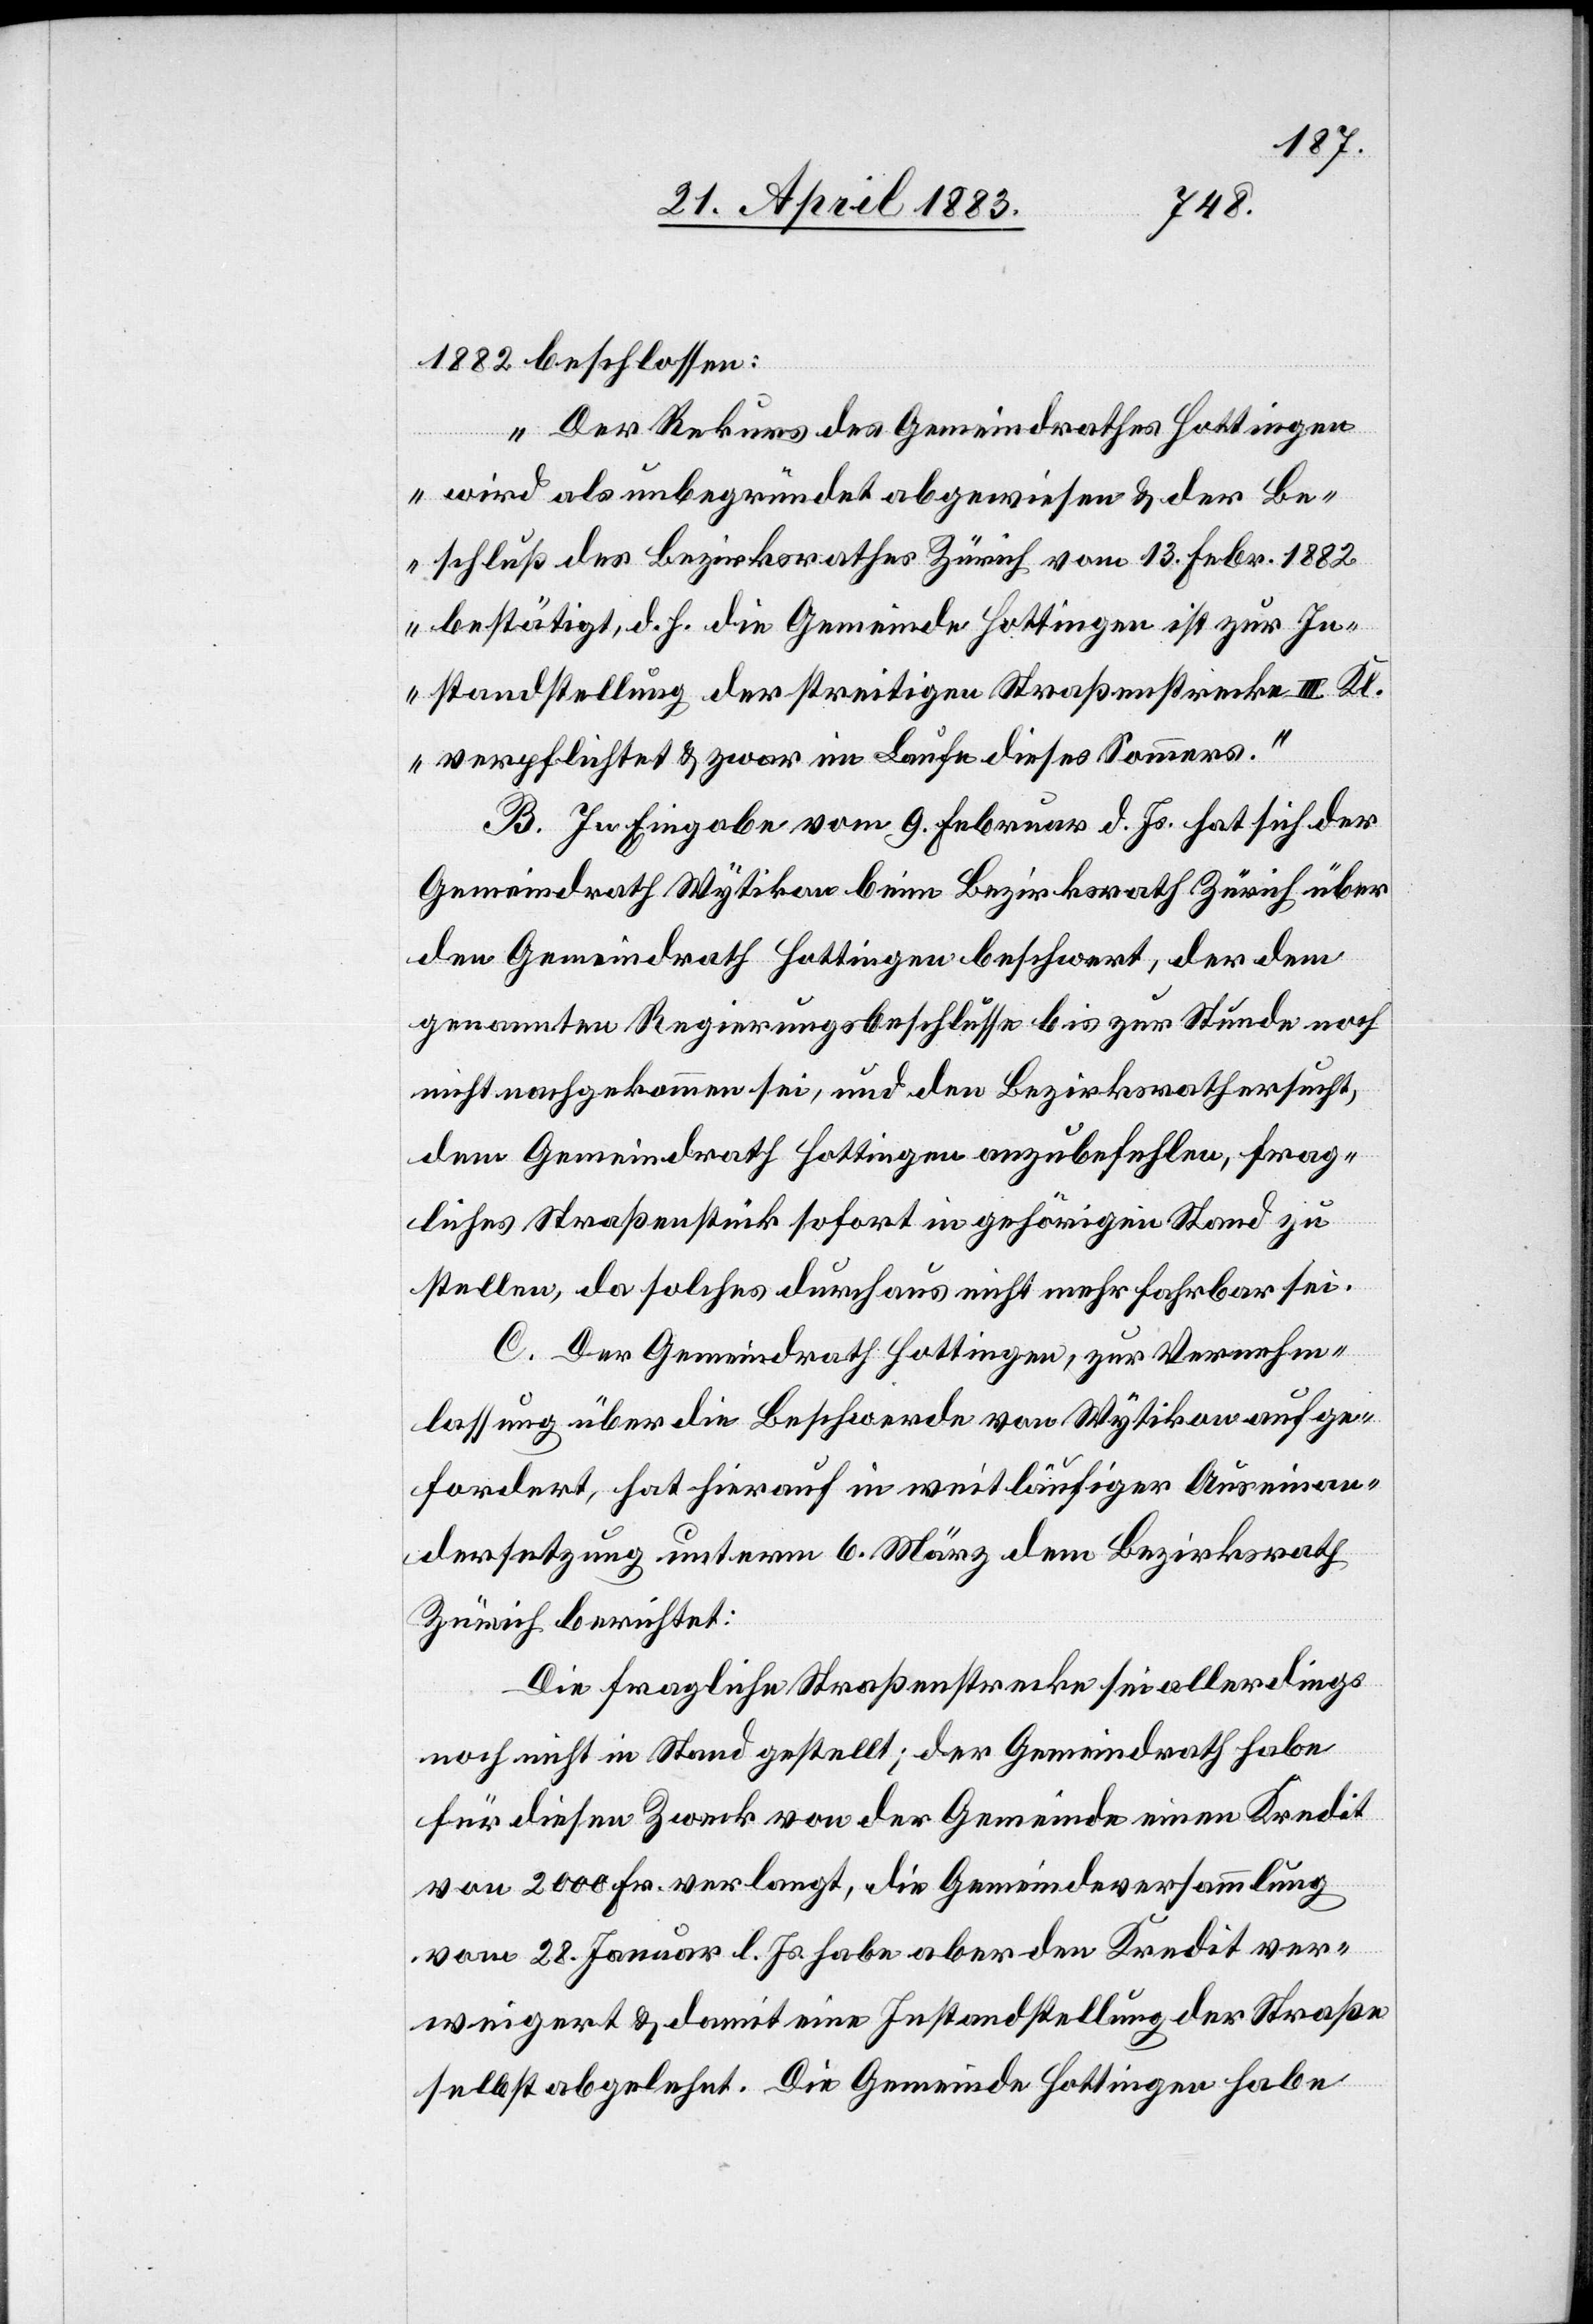
1882 beschlossen:
„Der Rekurs des Gemeindrathes Hottingen
wird als unbegründet abgewiesen & der Be¬
schluß des Bezirksrathes Zürich vom 13. Febr. 1882
bestätigt, d. h. die Gemeinde Hottingen ist zur In¬
standstellung der streitigen Straßenstrecke III. Kl.
verpflichtet & zwar im Laufe dieses Sommers.“
B. In Eingabe vom 9. Februar d. Js. hat sich der
Gemeindrath Wytikon beim Bezirksrath Zürich über
den Gemeindrath Hottingen beschwert, der dem
genannten Regierungsbeschlusse bis zur Stunde noch
nicht nachgekommen sei, und den Bezirksrath ersucht,
dem Gemeindrath Hottingen anzubefehlen, frag¬
liches Straßenstück sofort in gehörigen Stand zu
stellen, da solches durchaus nicht mehr fahrbar sei.
C. Der Gemeindrath Hottingen, zur Vernehm¬
lassung über die Beschwerde von Wytikon aufge¬
fordert, hat hierauf in weitläufiger Auseinan¬
dersetzung unterm 6. März dem Bezirksrath
Zürich berichtet:
Die fragliche Straßenstrecke sei allerdings
noch nicht in Stand gestellt; der Gemeindrath habe
für diesen Zweck von der Gemeinde einen Kredit
von 2000 Fr. verlangt, die Gemeindeversammlung
vom 28. Januar l. Js. habe aber den Kredit ver¬
weigert & damit eine Instandstellung der Straße
selbst abgelehnt. Die Gemeinde Hottingen habe